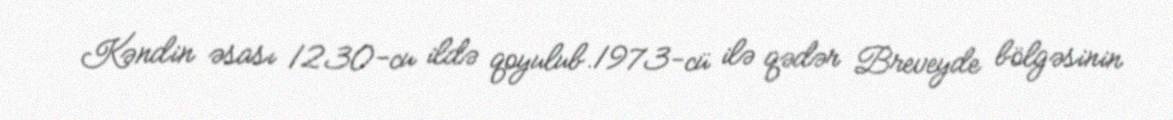
Kəndin əsası 1230-cu ildə qoyulub.1973-cü ilə qədər Breveyde bölgəsinin